Notes on vaccination in the North-West Frontier Province 1923-1928 - 1923-1928
Year: 1923
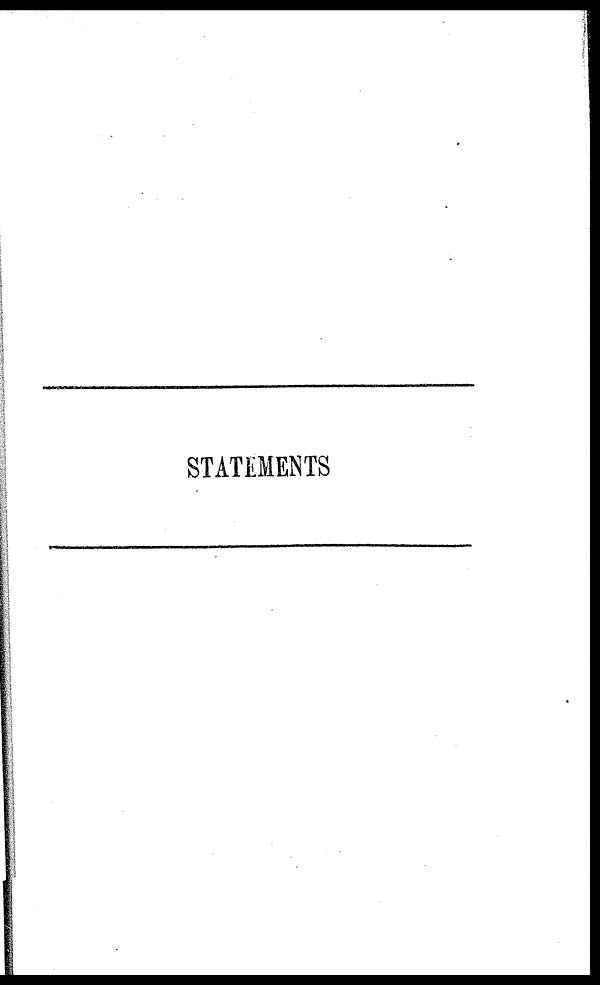
STATEMENTS